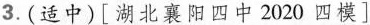
3.(适中)[湖北襄阳四中2020四模〕